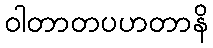
ဝါတာတပဟတာနိ